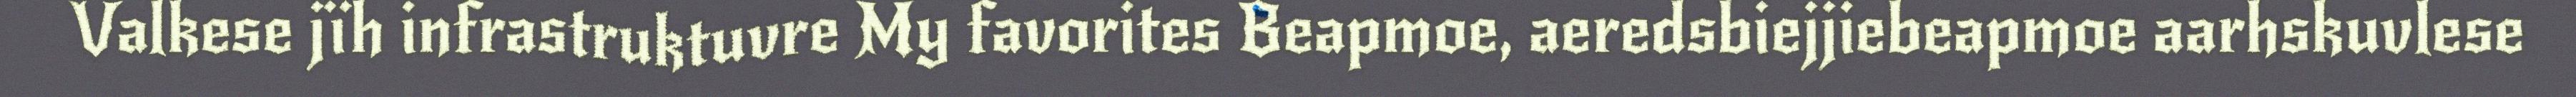
Valkese jïh infrastruktuvre My favorites Beapmoe, aeredsbiejjiebeapmoe aarhskuvlese